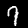
Label: 7